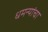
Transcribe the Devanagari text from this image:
धमन्यांचा